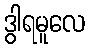
ဒွါရမူလေ